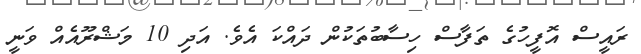
ރައީސް އޮފީހުގެ ތަފާސް ހިސާބުތަކުން ދައްކަ އެވެ. އަދި 10 މަޝްރޫއެއް ވަނީ